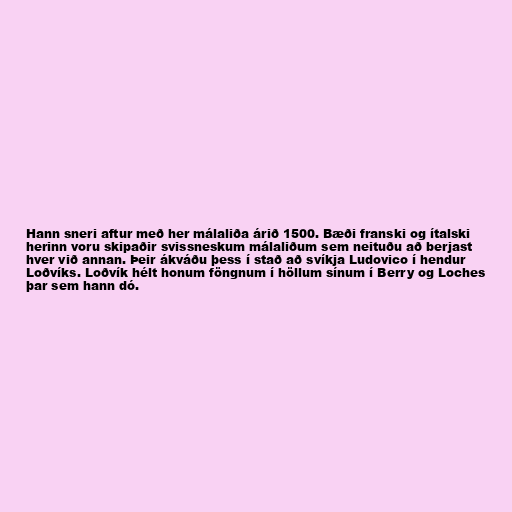
Hann sneri aftur með her málaliða árið 1500. Bæði franski og ítalski
herinn voru skipaðir svissneskum málaliðum sem neituðu að berjast
hver við annan. Þeir ákváðu þess í stað að svíkja Ludovico í hendur
Loðvíks. Loðvík hélt honum föngnum í höllum sínum í Berry og Loches
þar sem hann dó.